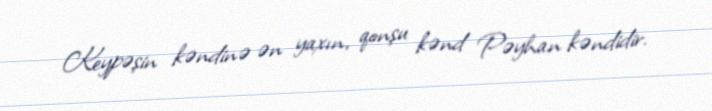
Keypəşin kəndinə ən yaxın, qonşu kənd Pəyhan kəndidir.